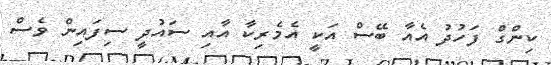
ކިންގް ފަހުދު އެއާ ބޭސް އަކީ އެމެރިކާ އާއި ސައުދީ ސިފައިން ވެސް